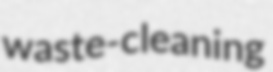
waste-cleaning